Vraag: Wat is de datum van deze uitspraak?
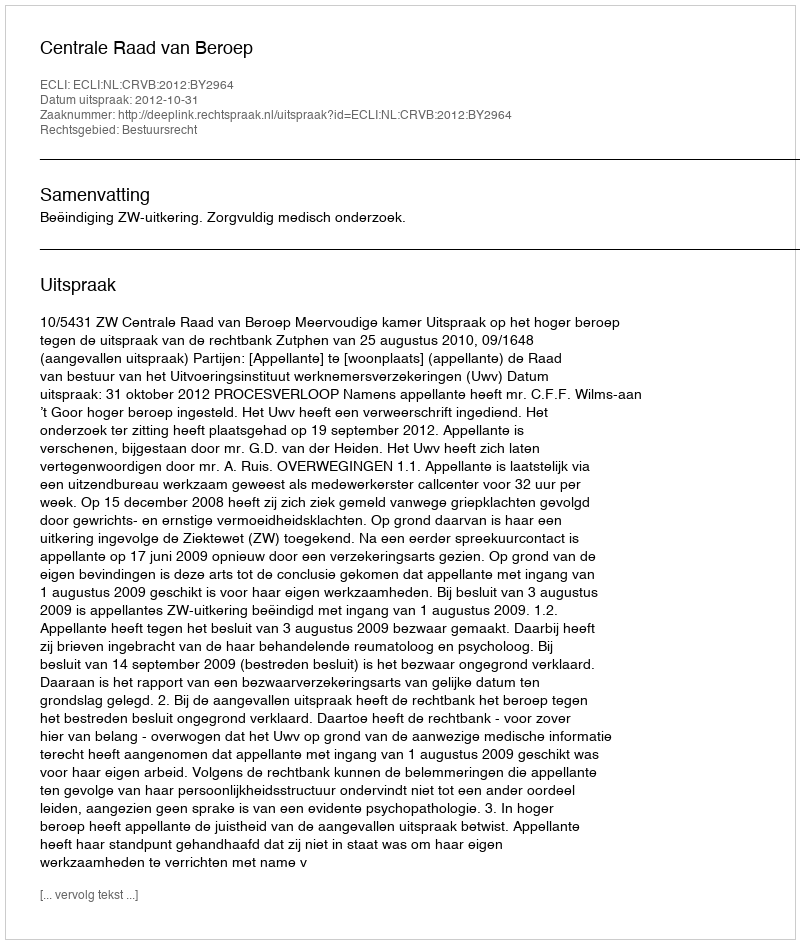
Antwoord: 2012-10-31